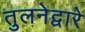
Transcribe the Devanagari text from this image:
तुलनेद्वारे